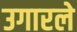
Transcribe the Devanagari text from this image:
उगारले